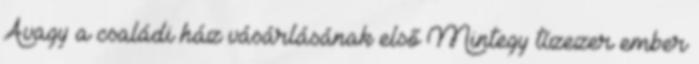
Avagy a családi ház vásárlásának első Mintegy tízezer ember